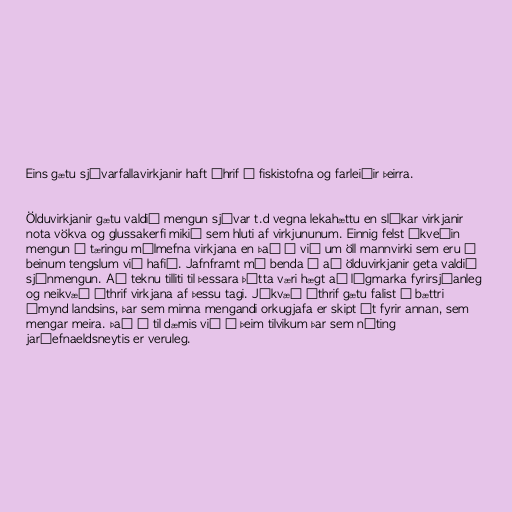
Eins gætu sjávarfallavirkjanir haft áhrif á fiskistofna og farleiðir þeirra.

Ölduvirkjanir gætu valdið mengun sjávar t.d vegna lekahættu en slíkar virkjanir
nota vökva og glussakerfi mikið sem hluti af virkjununum. Einnig felst ákveðin
mengun í tæringu málmefna virkjana en það á við um öll mannvirki sem eru í
beinum tengslum við hafið. Jafnframt má benda á að ölduvirkjanir geta valdið
sjónmengun. Að teknu tilliti til þessara þátta væri hægt að lágmarka fyrirsjáanleg
og neikvæð úthrif virkjana af þessu tagi. Jákvæð úthrif gætu falist í bættri
ímynd landsins, þar sem minna mengandi orkugjafa er skipt út fyrir annan, sem
mengar meira. Það á til dæmis við í þeim tilvikum þar sem nýting
jarðefnaeldsneytis er veruleg.